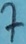
Text: 7